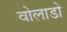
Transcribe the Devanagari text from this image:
वोलाडो